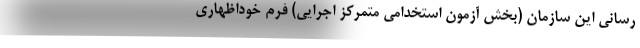
رسانی این سازمان (بخش آزمون استخدامی متمرکز اجرایی) فرم خوداظهاری